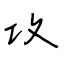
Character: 攻